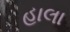
હાલા